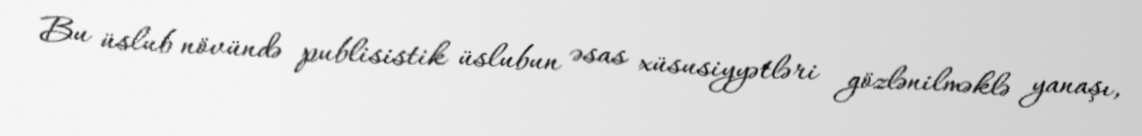
Bu üslub növündə publisistik üslubun əsas xüsusiyyətləri gözlənilməklə yanaşı,